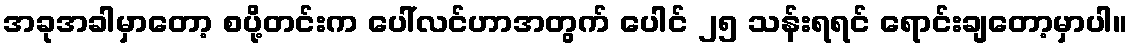
အခုအခါမှာတော့ စပို့တင်းက ပေါ်လင်ဟာအတွက် ပေါင် ၂၅ သန်းရရင် ရောင်းချတော့မှာပါ။